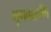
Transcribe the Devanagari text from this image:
भृगवारुणि